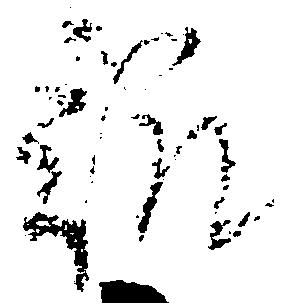
趣